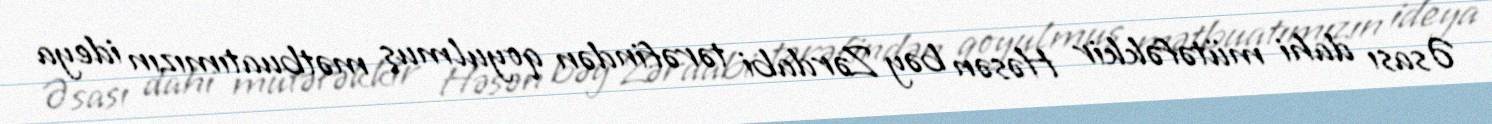
Əsası dahi mütəfəkkir Həsən bəy Zərdabi tərəfindən qoyulmuş mətbuatımızın ideya